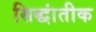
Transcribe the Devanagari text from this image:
सिद्धांतीक